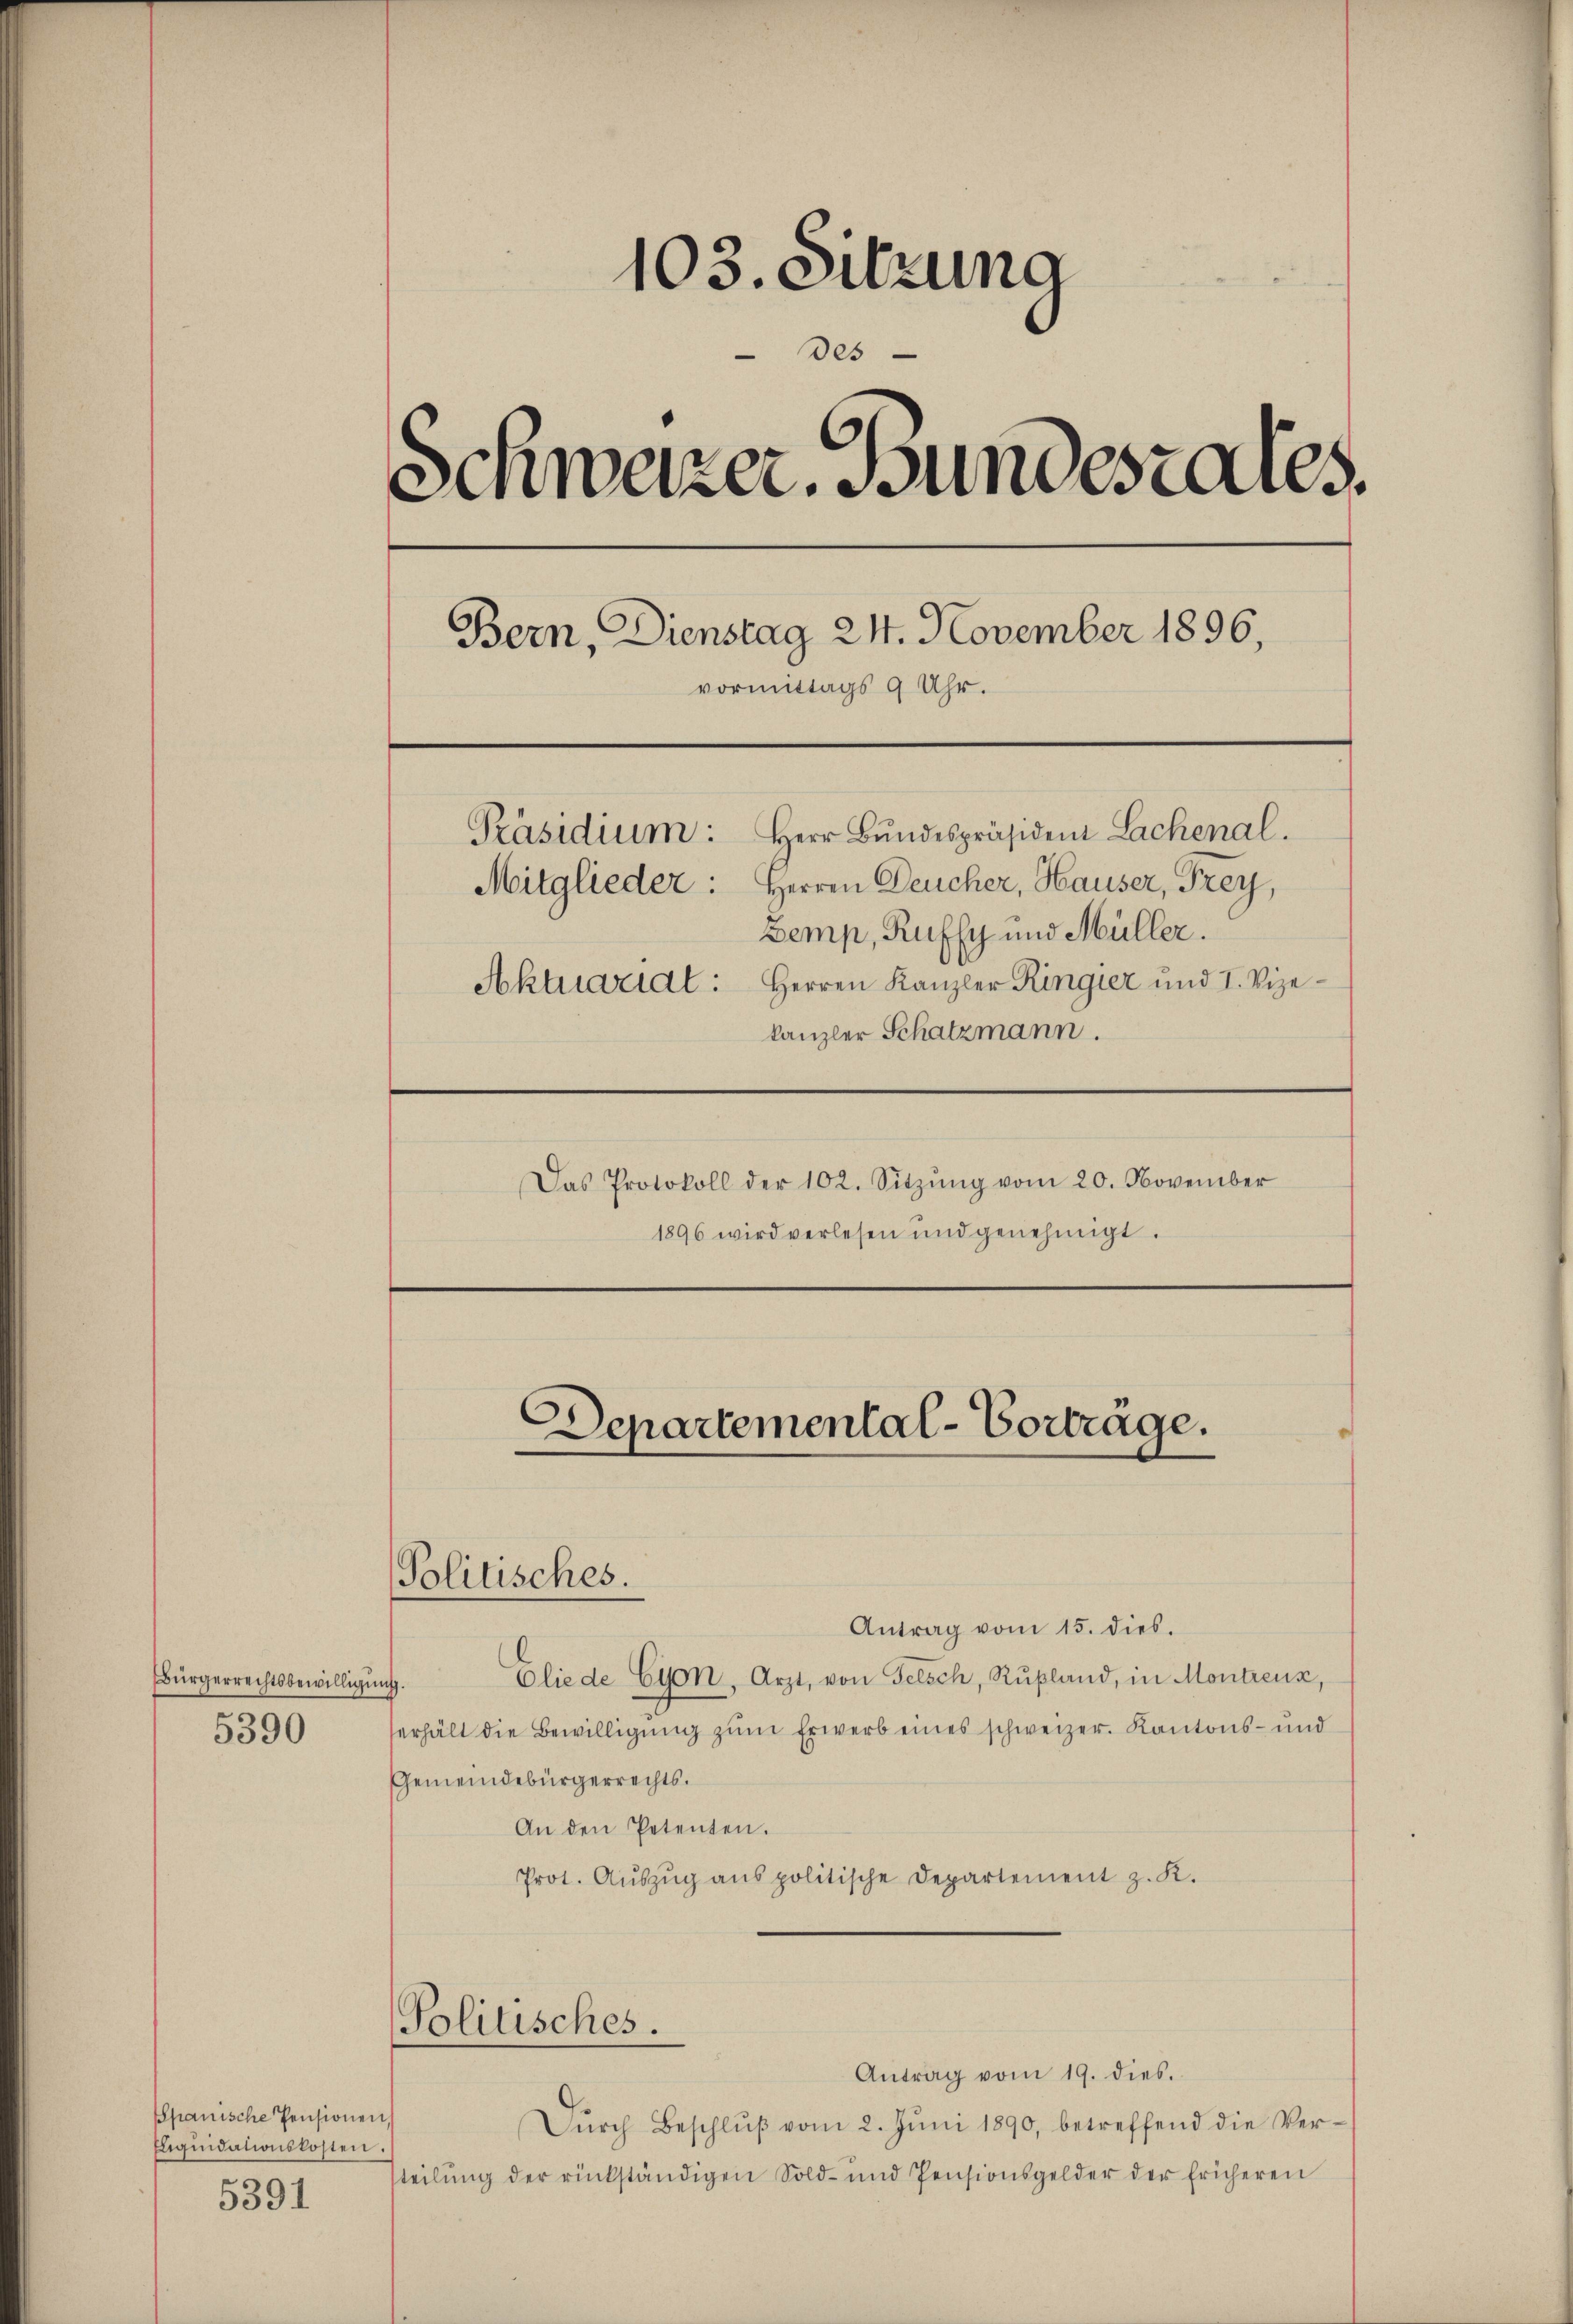
Bürgerrechtsbewilligung.
5390

Spanische Pensionen,
Eliquidationskosten.
5391

103. Sitzung
Des
Schweizer. Bundesrates.
Bern, Dienstag 24. November 1896,
vormittags 9 Uhr.
Präsidium: Herr Bŭndespräsiden Lachenal.
Mitglieder. Herren Deucher, Hauser, Frey,
Bemp, Ruffy und Müller.
Aktuarial: Herren Kanzler Ringier und I. Vize-
kanzler Schatzmann.
Das Protokoll der 102. Sitzŭng vom 20. November
1896 wird verlesen und genehmigt.

Politisches.

Antrag vom 15. dies.
Gliede Cion, Arzt, von Felsch, Rußland, in Montreux,
erhält die Bewilligŭng zŭm Erwerb eines schweizer. Kantons- und
Gemeindebürgerrechts.
An den Petenten.
Prot. Aŭszŭg ans politische Departement z. K.

Politisches.

Departemental-Vorträge.

Antrag vom 19. dies.
Dŭrch Beschlŭβ vom 2. Jŭni 1890, betreffend die Ver-
tteilŭng der rückständigen Sold- und Pensionsgelder der fricheren